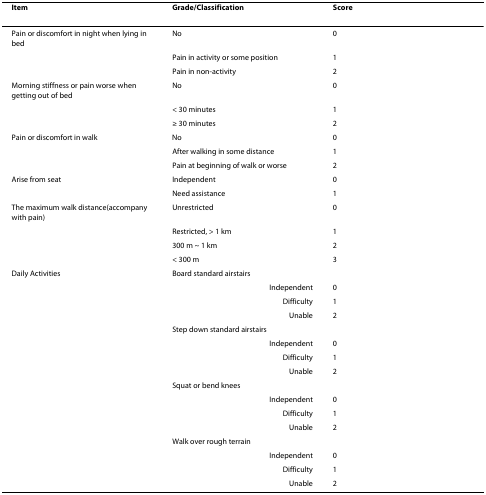
<table><thead><tr><td><b>Item</b></td><td><b>Grade/Classification</b></td><td><b>Score</b></td></tr></thead><tbody><tr><td>Pain or discomfort in night when lying in bed</td><td>No</td><td>0</td></tr><tr><td></td><td>Pain in activity or some position</td><td>1</td></tr><tr><td></td><td>Pain in non-activity</td><td>2</td></tr><tr><td>Morning stiffness or pain worse when getting out of bed</td><td>No</td><td>0</td></tr><tr><td></td><td>&lt; 30 minutes</td><td>1</td></tr><tr><td></td><td>≥ 30 minutes</td><td>2</td></tr><tr><td>Pain or discomfort in walk</td><td>No</td><td>0</td></tr><tr><td></td><td>After walking in some distance</td><td>1</td></tr><tr><td></td><td>Pain at beginning of walk or worse</td><td>2</td></tr><tr><td>Arise from seat</td><td>Independent</td><td>0</td></tr><tr><td></td><td>Need assistance</td><td>1</td></tr><tr><td>The maximum walk distance(accompany with pain)</td><td>Unrestricted</td><td>0</td></tr><tr><td></td><td>Restricted, &gt; 1 km</td><td>1</td></tr><tr><td></td><td>300 m ~ 1 km</td><td>2</td></tr><tr><td></td><td>&lt; 300 m</td><td>3</td></tr><tr><td>Daily Activities</td><td>Board standard airstairs</td><td></td></tr><tr><td></td><td>Independent</td><td>0</td></tr><tr><td></td><td>Difficulty</td><td>1</td></tr><tr><td></td><td>Unable</td><td>2</td></tr><tr><td></td><td>Step down standard airstairs</td><td></td></tr><tr><td></td><td>Independent</td><td>0</td></tr><tr><td></td><td>Difficulty</td><td>1</td></tr><tr><td></td><td>Unable</td><td>2</td></tr><tr><td></td><td>Squat or bend knees</td><td></td></tr><tr><td></td><td>Independent</td><td>0</td></tr><tr><td></td><td>Difficulty</td><td>1</td></tr><tr><td></td><td>Unable</td><td>2</td></tr><tr><td></td><td>Walk over rough terrain</td><td></td></tr><tr><td></td><td>Independent</td><td>0</td></tr><tr><td></td><td>Difficulty</td><td>1</td></tr><tr><td></td><td>Unable</td><td>2</td></tr></tbody></table>